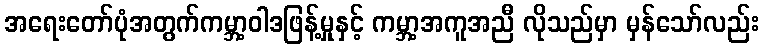
အရေးတော်ပုံအတွက်ကမ္ဘာ့ဝါဒဖြန့်မှုနှင့် ကမ္ဘာ့အကူအညီ လိုသည်မှာ မှန်သော်လည်း